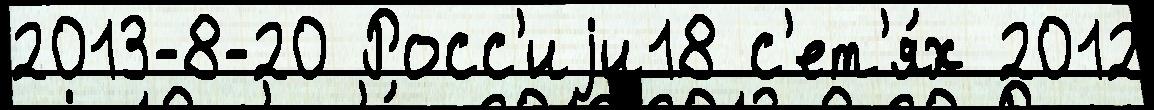
2013-8-20 Росс'иjи18 с'ет'я́х 2012